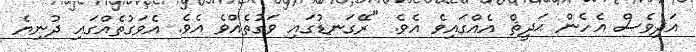
އަދިވެސް އެހެން ޙަދީޘް އެއްގައިވެ އެވެ. "ރޭގަނޑުގައި ވަގުތެއްވެ އެވެ. އެވަގުތެއްގައި ދުނިޔެ